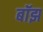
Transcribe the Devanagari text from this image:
बॉझ